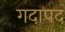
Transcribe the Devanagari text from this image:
गदापद